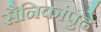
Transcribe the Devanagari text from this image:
सैनिकांपुढे